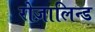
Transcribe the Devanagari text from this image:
रोज़ालिन्ड